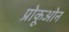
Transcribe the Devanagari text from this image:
प्रोकूओन